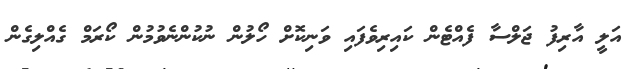
އަލީ އާރިފު ޖަލްސާ ފެއްޓެން ކައިރިވެފައި ވަނިކޮށް ހޯލުން ނުކުންނެވުމުން ކޯރަމް ގެއްލިގެން